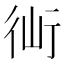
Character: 𧗣